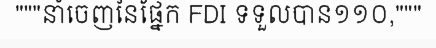
"""នាំចេញនៃផ្នែក FDI ទទួលបាន១១០,"""